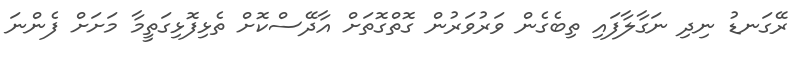
ރޭގަނޑު ނިދި ނަގާލާފައި ތިބެގެން ވަރުވަރުން ގޮތްގޮތަށް އާދޭސްކޮށް ތެޅިފޮޅިގަތީމާ މަށަށް ފެންނަ